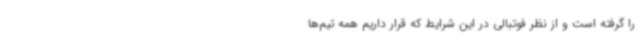
را گرفته است و از نظر فوتبالی در این شرایط که قرار داریم همه تیم‌ها